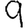
Digit: 9